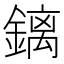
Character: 𰽅